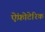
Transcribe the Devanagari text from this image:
ऐंफ़ोटेरिक